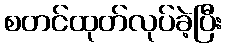
စတင်ထုတ်လုပ်ခဲ့ပြီး